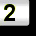
Digit: 2